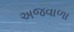
અજવાળા